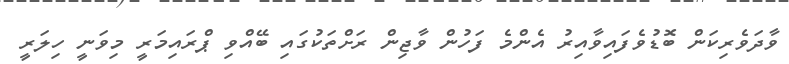
ވާދަވެރިކަން ބޮޑުވެފައިވާއިރު އެންމެ ފަހުން ވާޖިން ރަށްތަކުގައި ބޭއްވި ޕްރައިމަރީ މިވަނީ ހިލަރީ